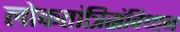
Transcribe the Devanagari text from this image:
लोकतांत्रिसंविधान